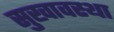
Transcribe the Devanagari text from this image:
सुखावस्था